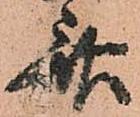
斎